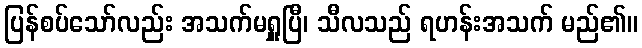
ပြန်စပ်သော်လည်း အသက်မရှူပြီ၊ သီလသည် ရဟန်းအသက် မည်၏။